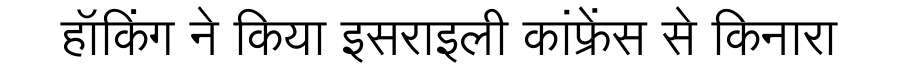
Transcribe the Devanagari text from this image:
हॉकिंग ने किया इसराइली कांफ्रेंस से किनारा